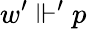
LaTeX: w^{\prime}\Vdash^{\prime}p